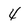
Character: 4